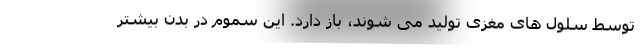
توسط سلول های مغزی تولید می شوند، باز دارد. این سموم در بدن بیشتر